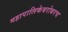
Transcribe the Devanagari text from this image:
महापालिकेबरोबरच